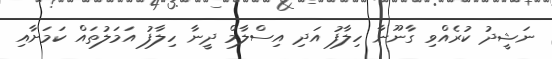
ނަޝީދު ކުރެއްވި ގާނޫނާ ހިލާފު އަދި އިސްލާމް ދީނާ ހިލާފު އަމަލުތައް ކަމަށާއި